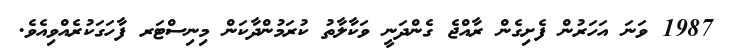
1987 ވަނަ އަހަރުން ފެށިގެން ރާއްޖެ ގެންދަނީ ވަކާލާތު ކުރަމުންދާކަން މިނިސްޓަރ ފާހަގަކުރެއްވިއެވެ.